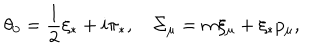
\theta _ { 0 } = \frac { 1 } { 2 } \xi _ { * } + i \pi _ { * } , \quad \Sigma _ { \mu } = m \xi _ { \mu } + \xi _ { * } p _ { \mu } ,